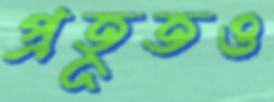
প্রহূতও